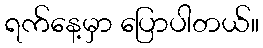
ရက်နေ့မှာ ပြောပါတယ်။